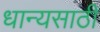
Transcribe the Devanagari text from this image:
धान्यसाठी